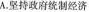
A.坚持政府通知经济